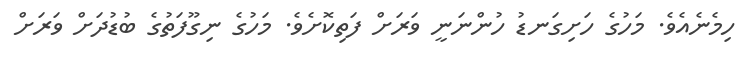
ހިމެނެއެވެ. މަހުގެ ހަށިގަނޑު ހުންނަނީ ވަރަށް ފަތިކޮށެވެ. މަހުގެ ނިގޫފަތުގެ ބުޑުދަށް ވަރަށް